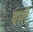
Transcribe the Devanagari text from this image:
वर्सी